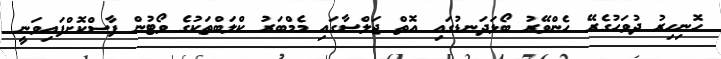
ހޮނިހިރު ދުވަހުގެރޭ ހެންވޭރު ބޯޅަދަނޑުގައި އޮތް ޖަލްސާގައި މެމްބަރު ކްލަބްތަކުގެ ވޯޓުން ފާސްކޮށްފައިވަނީ